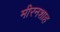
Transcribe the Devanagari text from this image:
मीरनशाह